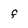
Character: f